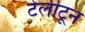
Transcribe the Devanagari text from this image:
टेलीटून